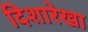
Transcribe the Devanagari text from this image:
दिशारेखा